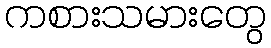
ကစားသမားတွေ